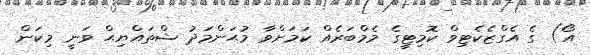
އޯ) ގެ އެގްޒެކެޓިވް ކޮމިޓީގެ މެމްބަރެއް ކަމަށްވާ މުޙަންމަދު ޝްތައްޔިޙް ވަނީ މިކަން